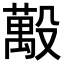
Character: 𪵒